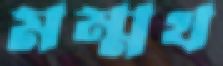
মম্মথ